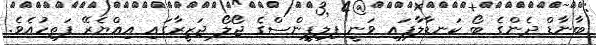
ބާނާޑް ދެންގެ ބޯ ކަނޑާލާފައި ވަނީ ފިލިޕީންސްގެ ޖޯލޯ ޖަޒީރާގައި އިއްޔެރޭ ފަތިހުއެވެ.